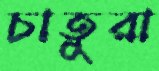
চাতুরা